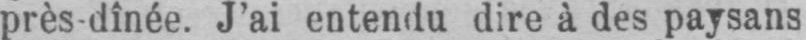
près dînée. J’ai entendu dire à des paysans